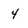
Character: 4